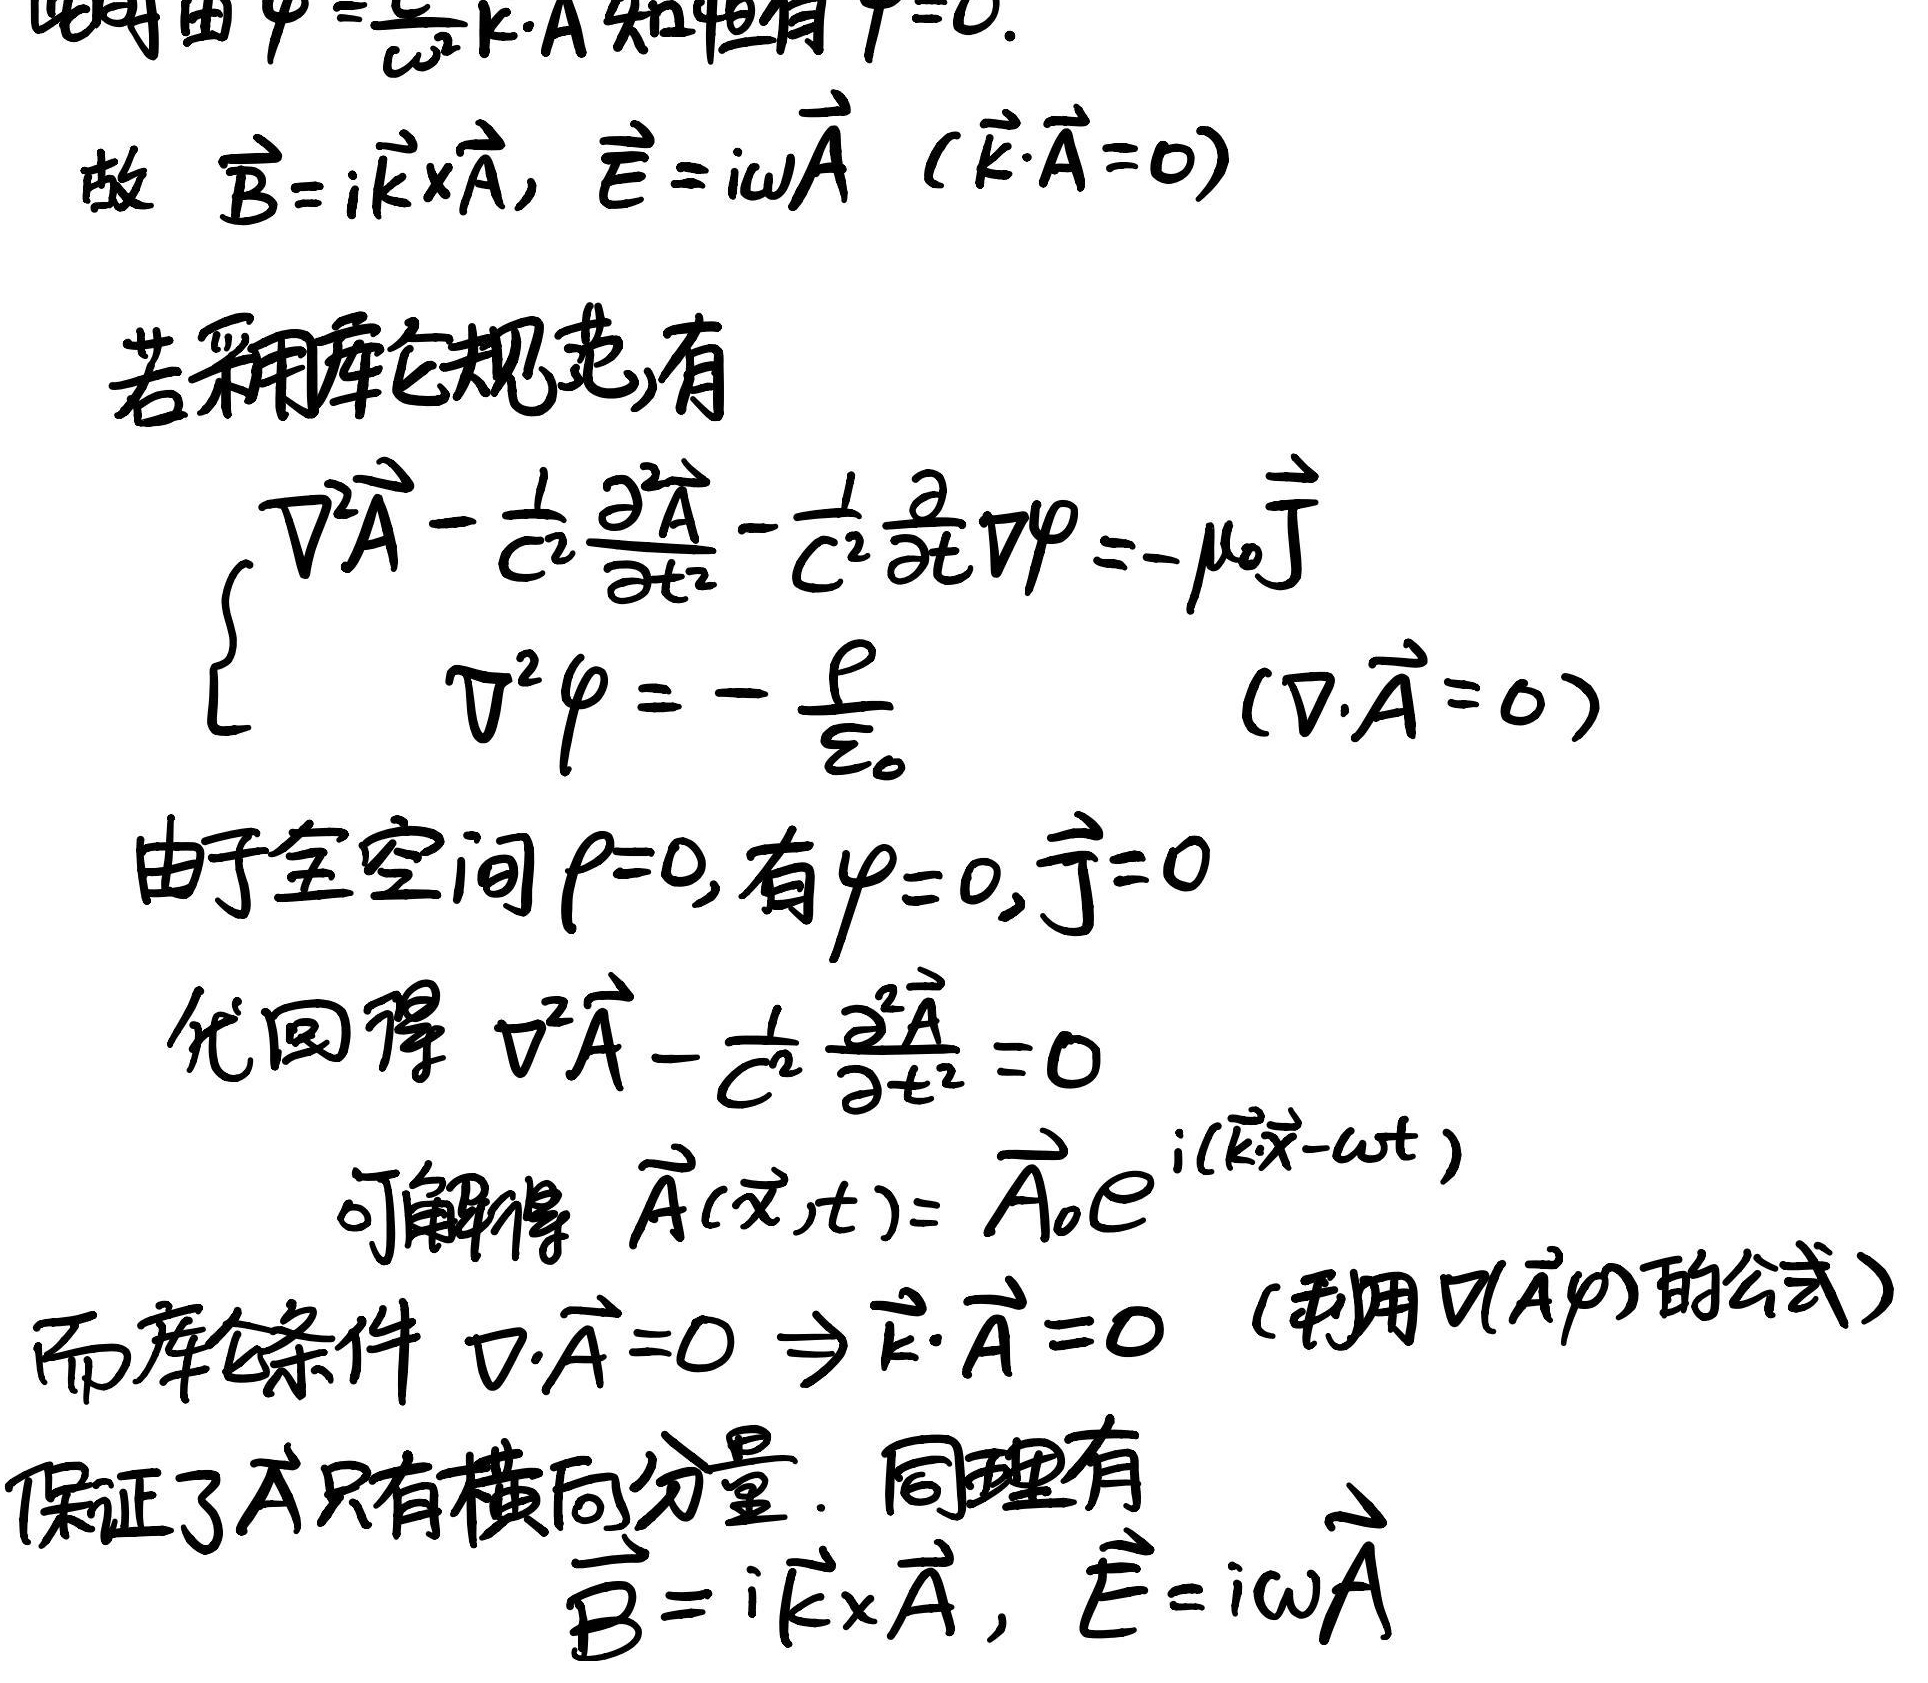
此时由 $\varphi=\frac{1}{\omega}\vec{k}\cdot\vec{A}$ 知恒有 $\varphi = 0$. 故 $\vec{B}=i\vec{k}\times\vec{A}$, $\vec{E}=i\omega\vec{A}$ ($\vec{k}\cdot\vec{A}=0$). 若采用库仑规范，有
\[\begin{cases}
\nabla^{2}\vec{A}-\frac{1}{c^{2}}\frac{\partial^{2}\vec{A}}{\partial t^{2}}-\frac{1}{c^{2}}\frac{\partial}{\partial t}\nabla\varphi=-\mu_{0}\vec{J}\\
\nabla^{2}\varphi=-\frac{\rho}{\varepsilon_{0}}&(\nabla\cdot\vec{A}=0)
\end{cases}\]
由于全空间 $\rho = 0$, 有 $\varphi = 0$, $\vec{J}=0$. 代回得 $\nabla^{2}\vec{A}-\frac{1}{c^{2}}\frac{\partial^{2}\vec{A}}{\partial t^{2}}=0$. 可解得 $\vec{A}(\vec{x},t)=\vec{A}_{0}e^{i(\vec{k}\cdot\vec{x}-\omega t)}$. 而库仑条件 $\nabla\cdot\vec{A}=0\Rightarrow\vec{k}\cdot\vec{A}=0$ (利用 $\nabla(\vec{A}\varphi)$ 的公式) 保证了 $\vec{A}$ 只有横向分量. 同理有 $\vec{B}=i\vec{k}\times\vec{A}$, $\vec{E}=i\omega\vec{A}$.